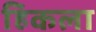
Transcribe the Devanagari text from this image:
हिकला